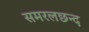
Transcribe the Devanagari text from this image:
समरलछन्द